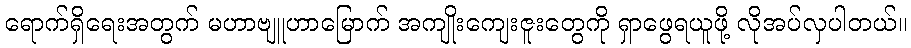
ရောက်ရှိရေးအတွက် မဟာဗျူဟာမြောက် အကျိုးကျေးဇူးတွေကို ရှာဖွေရယူဖို့ လိုအပ်လှပါတယ်။